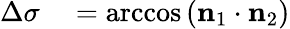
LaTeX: \begin{array}{rl}{\Delta\sigma}&{{}=\operatorname{arccos}\left(\mathbf{n}_{1}\cdot\mathbf{n}_{2}\right)}\end{array}